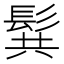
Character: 髸